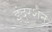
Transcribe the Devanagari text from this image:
इंदुरशन